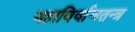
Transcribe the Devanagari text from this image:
महाविर्वाणतन्त्र